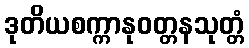
ဒုတိယစက္ကာနုဝတ္တနသုတ္တံ